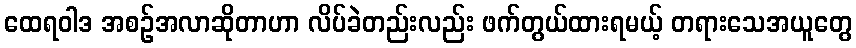
ထေရဝါဒ အစဉ်အလာဆိုတာဟာ လိပ်ခဲတည်းလည်း ဖက်တွယ်ထားရမယ့် တရားသေအယူတွေ